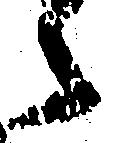
之